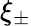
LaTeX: \xi_{\pm}